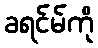
ခရင်မ်ကို